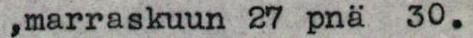
,marraskuun 27 pnä  30.